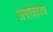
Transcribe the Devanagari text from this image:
अधोकोषण